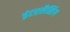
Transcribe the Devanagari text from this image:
इंटरलैसिंग